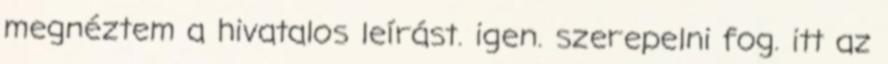
megnéztem a hivatalos leírást. igen. szerepelni fog. itt az